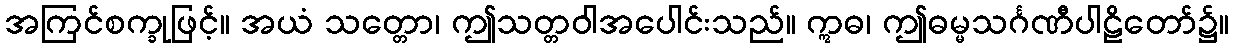
အကြင်စက္ခုဖြင့်။ အယံ သတ္တော၊ ဤသတ္တဝါအပေါင်းသည်။ ဣဓ၊ ဤဓမ္မသင်္ဂဏီပါဠိတော်၌။